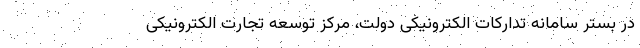
در بستر سامانه تدارکات الکترونیکی دولت، مرکز توسعه تجارت الکترونیکی